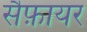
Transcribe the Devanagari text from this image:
सैफ़ायर